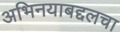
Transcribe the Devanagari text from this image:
अभिनयाबद्दलचा